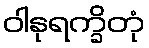
ဝါနုရက္ခိတုံ